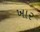
ખાર